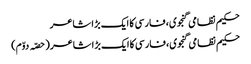
حکیم نظامی گنجوی، فارسی کا ایک بڑا شاعر
حکیم نظامی گنجوی، فارسی کا ایک بڑا شاعر (حصّہ دوّم)